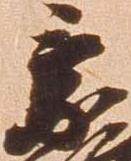
乗